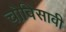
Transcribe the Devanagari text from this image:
चोविसावी